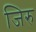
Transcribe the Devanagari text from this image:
जिरु